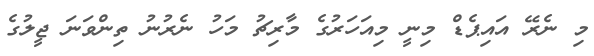
މި ނެރޭ އައިޕެޑް މިނީ މިއަހަރުގެ މާރިޗު މަހު ނެރުނު ތިންވަނަ ޖީލުގެ